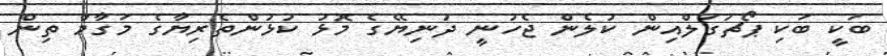
ބަކީ ބަކި ޕޯޗުގަލްއިން ކުލެން ޖެހުނީ ދުނިޔޭގެ މޮޅު ކުޅުންތެރިޔާގެ މަގާމް ތިން